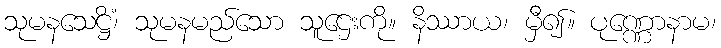
သုမနသေဋ္ဌိံ၊ သုမနမည်သော သူဌေးကို။ နိဿာယ၊ မှီ၍။ ပုဏ္ဏောနာမ၊